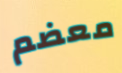
معضم